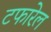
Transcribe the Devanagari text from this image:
टफारेल